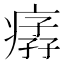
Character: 𤸦